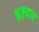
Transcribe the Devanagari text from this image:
श्रृङ्गवान